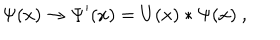
LaTeX: \Psi ( x ) \to \Psi ^ { \prime } ( x ) = U ( x ) * \Psi ( x ) \ ,